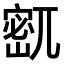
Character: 𫳹